Scottish Leaving Certificate Examination, 1951
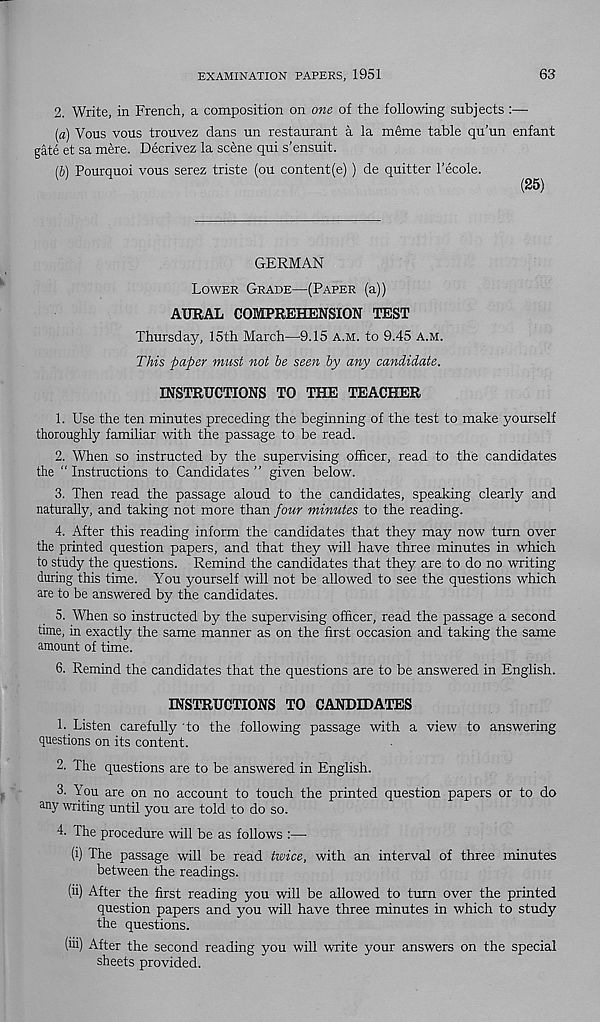
EXAMINATION PAPERS, 1951
63
2. Write, in French, a composition on one of the following subjects :—
(a) Vous vous trouvez dans un restaurant a la meme table qu’un enfant
gate et sa mere. Decrivez la scene qui s’ensuit.
(b) Pourquoi vous serez triste (ou content(e) ) de quitter 1’ecole.
(25)
GERMAN
Lower Grade—(Paper (a))
AURAL COMPREHENSION TEST
Thursday, 15th March—9.15 a.m. to 9.45 A.m.
This paper must not be seen by any candidate.
INSTRUCTIONS TO THE TEACHER
1. Use the ten minutes preceding the beginning of the test to make yourself
thoroughly familiar with the passage to be read.
2. When so instructed by the supervising officer, read to the candidates
the “ Instructions to Candidates ” given below.
3. Then read the passage aloud to the candidates, speaking clearly and
naturally, and taking not more than four minutes to the reading.
4. After this reading inform the candidates that they may now turn over
the printed question papers, and that they will have three minutes in which
to study the questions. Remind the candidates that they are to do no writing
during this time. You yourself will not be allowed to see the questions which
are to be answered by the candidates.
5. When so instructed by the supervising officer, read the passage a second
time, in exactly the same manner as on the first occasion and taking the same
amount of time.
6. Remind the candidates that the questions are to be answered in English.
INSTRUCTIONS TO CANDIDATES
1. Listen carefully to the following passage with a view to answering
questions on its content.
2. The questions are to be answered in English.
3. You are on no account to touch the printed question papers or to do
any writing until you are told to do so.
4. The procedure will be as follows :—
(i) The passage will be read twice, with an interval of three minutes
between the readings.
(ii) After the first reading you will be allowed to turn over the printed
question papers and you will have three minutes in which to study
the questions.
(iii) After the second reading you will write your answers on the special
sheets provided.